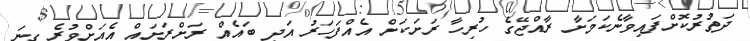
ދަތުރުކޮށްފައިވާނެކަމަށާ ރާއްޖޭގެ ހުރިހާ ރަށަކަށް އެއްފަހަރު އަދި ބައެއް ރަށްރަށައް އެއަށްވުރެ ގިނަ